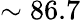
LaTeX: \sim 86.7